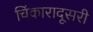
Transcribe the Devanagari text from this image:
चिंकारादूसरी